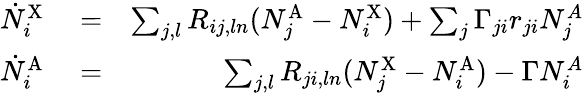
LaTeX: \begin{array}{rlr}{\dot{N}_{i}^{\mathrm{X}}}&{{}=}&{\sum_{j,l}R_{ij,ln}(N_{j}^{\mathrm{A}}-N_{i}^{\mathrm{X}})+\sum_{j}\Gamma_{ji}r_{ji}N_{j}^{A}}\\ {\dot{N}_{i}^{\mathrm{A}}}&{{}=}&{\sum_{j,l}R_{ji,ln}(N_{j}^{\mathrm{X}}-N_{i}^{\mathrm{A}})-\Gamma N_{i}^{A}}\end{array}